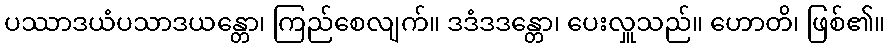
ပဿာဒယံပသာဒယန္တော၊ ကြည်စေလျက်။ ဒဒံဒဒန္တော၊ ပေးလှူသည်။ ဟောတိ၊ ဖြစ်၏။